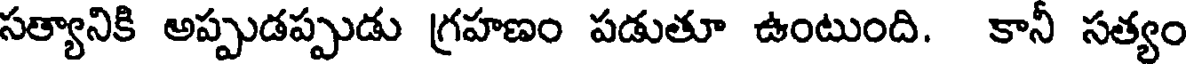
సత్యానికి అప్పుడప్పుడు గ్రహణం పడుతూ ఉంటుంది. కానీ సత్యం